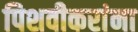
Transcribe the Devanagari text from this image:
पिशवीकरांना